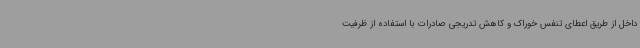
داخل از طریق اعطای تنفس خوراک و کاهش تدریجی صادرات با استفاده از ظرفیت